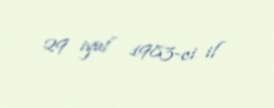
29 iyul 1983-ci il